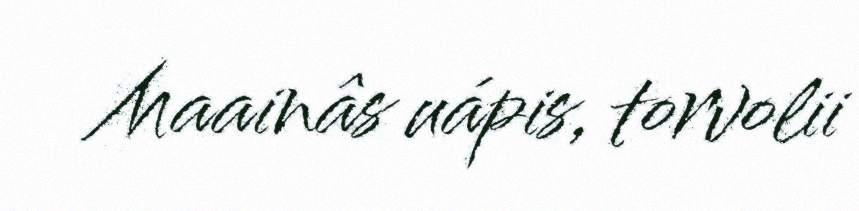
Maainâs uápis, torvolii